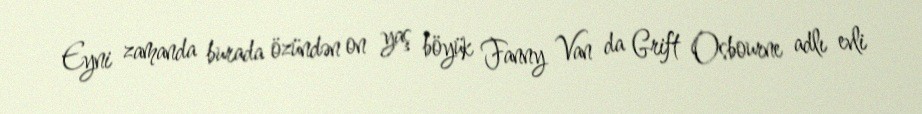
Eyni zamanda burada özündən on yaş böyük Fanny Van da Grift Osbourne adlı evli